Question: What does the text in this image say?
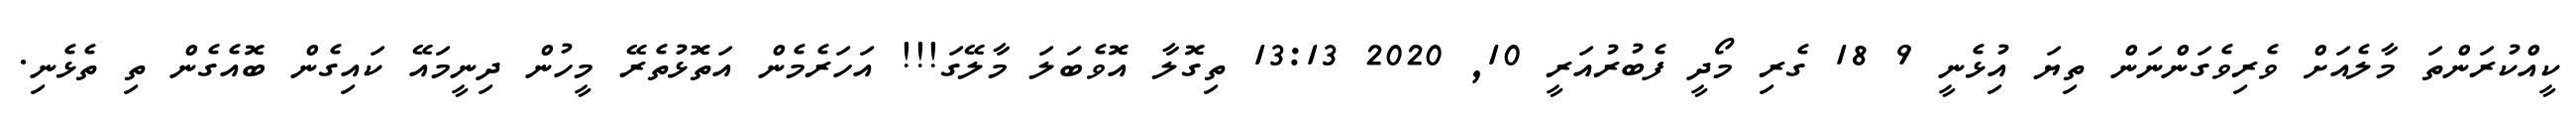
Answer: ކީއްކުރަންތަ މާލެއަށް ވެރިވެގަންނަން ތިޔަ އިުޅެނީ 9 18 ގެރި މޯދީ ފެބުރުއަރީ 10, 2020 13:13 ތިގޮލާ އޮވެބަލަ މާލޭގަ!!! އަހަރެމެން އަތޮޅުތެރޭ މީހުން ދިނީމައޭ ކައިގެން ބޮއެގެން ތި ތެޅެނި.